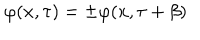
\varphi ( x , \tau ) = \pm \varphi ( x , \tau + \beta )